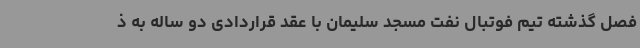
فصل گذشته تیم فوتبال نفت مسجد سلیمان با عقد قراردادی دو ساله به ذ